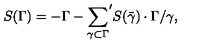
S ( \Gamma ) = - \Gamma - { \sum _ { \gamma \subset \Gamma } } ^ { \prime } S ( \bar { \gamma } ) \cdot \Gamma / \gamma ,